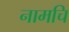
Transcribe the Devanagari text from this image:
नामचि